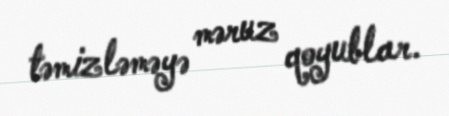
təmizləməyə məruz qoyublar.